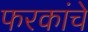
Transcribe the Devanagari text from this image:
फरकांचे